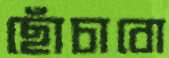
ছোঁচাবো